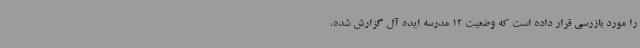
را مورد بازرسی قرار داده است که وضعیت 12 مدرسه ایده آل گزارش شده،